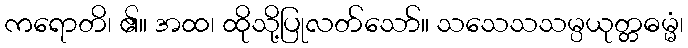
ကရောတိ၊ ၏။ အထ၊ ထိုသို့ပြုလတ်သော်။ သသေသသမ္ပယုတ္တဓမ္မံ၊